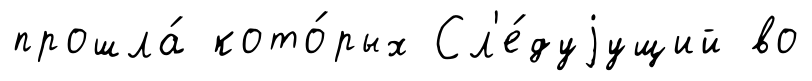
прошла́ кото́рых Сл'е́дуjущий во